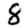
Digit: 8